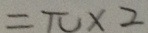
= \pi \times 2